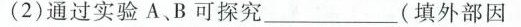
(2)通过实验A、B可探究_(填外部因